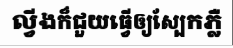
ល្វីងក៏ជួយធ្វើឲ្យស្បែកភ្លឺ